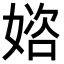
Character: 𡟔